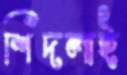
শিদলাই